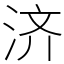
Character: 济